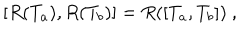
[ R ( T _ { a } ) , R ( T _ { b } ) ] = R ( [ T _ { a } , T _ { b } ] ) ~ ,